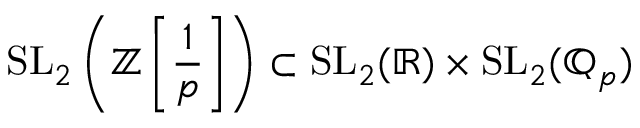
\mathrm { S L } _ { 2 } \left( \mathbb { Z } \left[ { \frac { 1 } { p } } \right] \right) \subset \mathrm { S L } _ { 2 } ( \mathbb { R } ) \times \mathrm { S L } _ { 2 } ( \mathbb { Q } _ { p } )